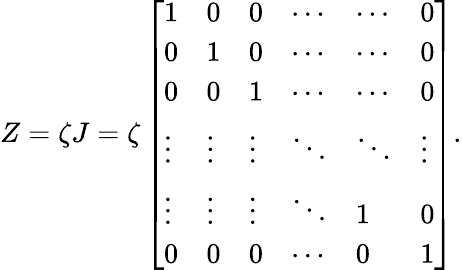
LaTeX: Z=\zeta J=\zeta\left[\begin{array}{llllll}{1}&{0}&{0}&{\cdots}&{\cdots}&{0}\\ {0}&{1}&{0}&{\cdots}&{\cdots}&{0}\\ {0}&{0}&{1}&{\cdots}&{\cdots}&{0}\\ {\vdots}&{\vdots}&{\vdots}&{\ddots}&{\ddots}&{\vdots}\\ {\vdots}&{\vdots}&{\vdots}&{\ddots}&{1}&{0}\\ {0}&{0}&{0}&{\cdots}&{0}&{1}\end{array}\right].